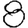
Digit: 8